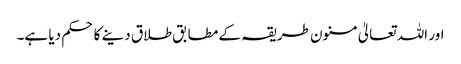
اور اللہ تعالیٰ مسنون طریقہ کے مطابق طلاق دینے کا حکم دیا ہے۔